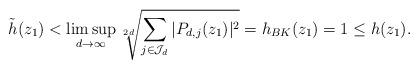
LaTeX: \begin{align*}\tilde h(z_1)<\limsup_{d\to\infty}\root{2d}\of{\sum_{j\in\mathcal J_d}|P_{d,j}(z_1)|^2}=h_{BK}(z_1)=1\leq h(z_1).\end{align*}